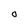
Character: O